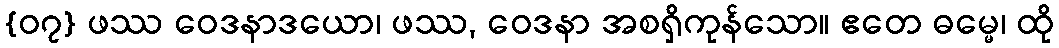
{၀၇} ဖဿ ဝေဒနာဒယော၊ ဖဿ, ဝေဒနာ အစရှိကုန်သော။ ဧတေ ဓမ္မေ၊ ထို